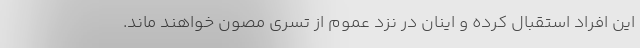
این افراد استقبال کرده و اینان در نزد عموم از تسری مصون خواهند ماند.